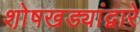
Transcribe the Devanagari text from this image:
शो़षखड्यांद्वारे